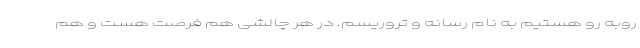
روبه رو هستیم به نام رسانه و تروریسم. در هر چالشی هم فرصت هست و هم